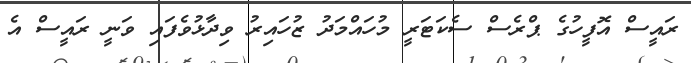
ރައީސް އޮފީހުގެ ޕްރެސް ސެކަޓަރީ މުހައްމަދު ޒުހައިރު ވިދާޅުވެފައި ވަނީ ރައީސް އެ